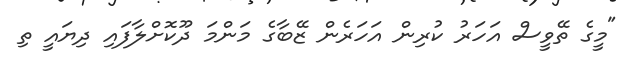
"މީގެ ތޭވީސް އަހަރު ކުރިން އަހަރެން ޒޭބާގެ މަންމަ ދޫކޮށްލާފައި ދިޔައީ ތި